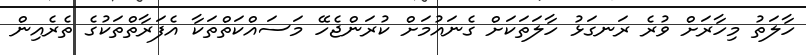
ހާލަތު މިހާރަށް ވުރެ ރަނގަޅު ހާލަތަކަށް ގެނައުމަށް ކުރަންޖެހޭ މަސައްކަތްތަކާ އެފަރާތްތަކުގެ ތެރެއިން